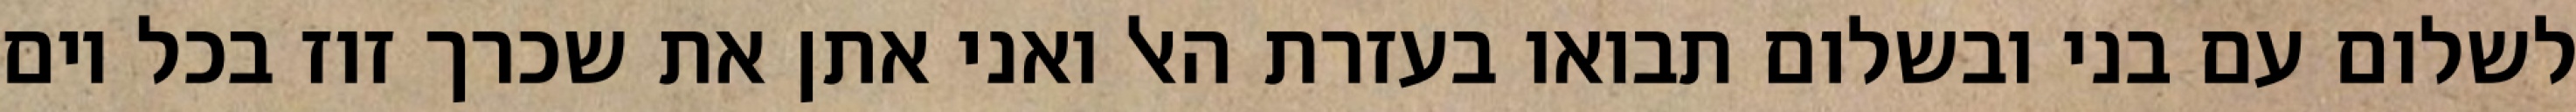
לשלום עם בני ובשלום תבואו בעזרת האל ואני אתן את שכרך זוז בכל יום